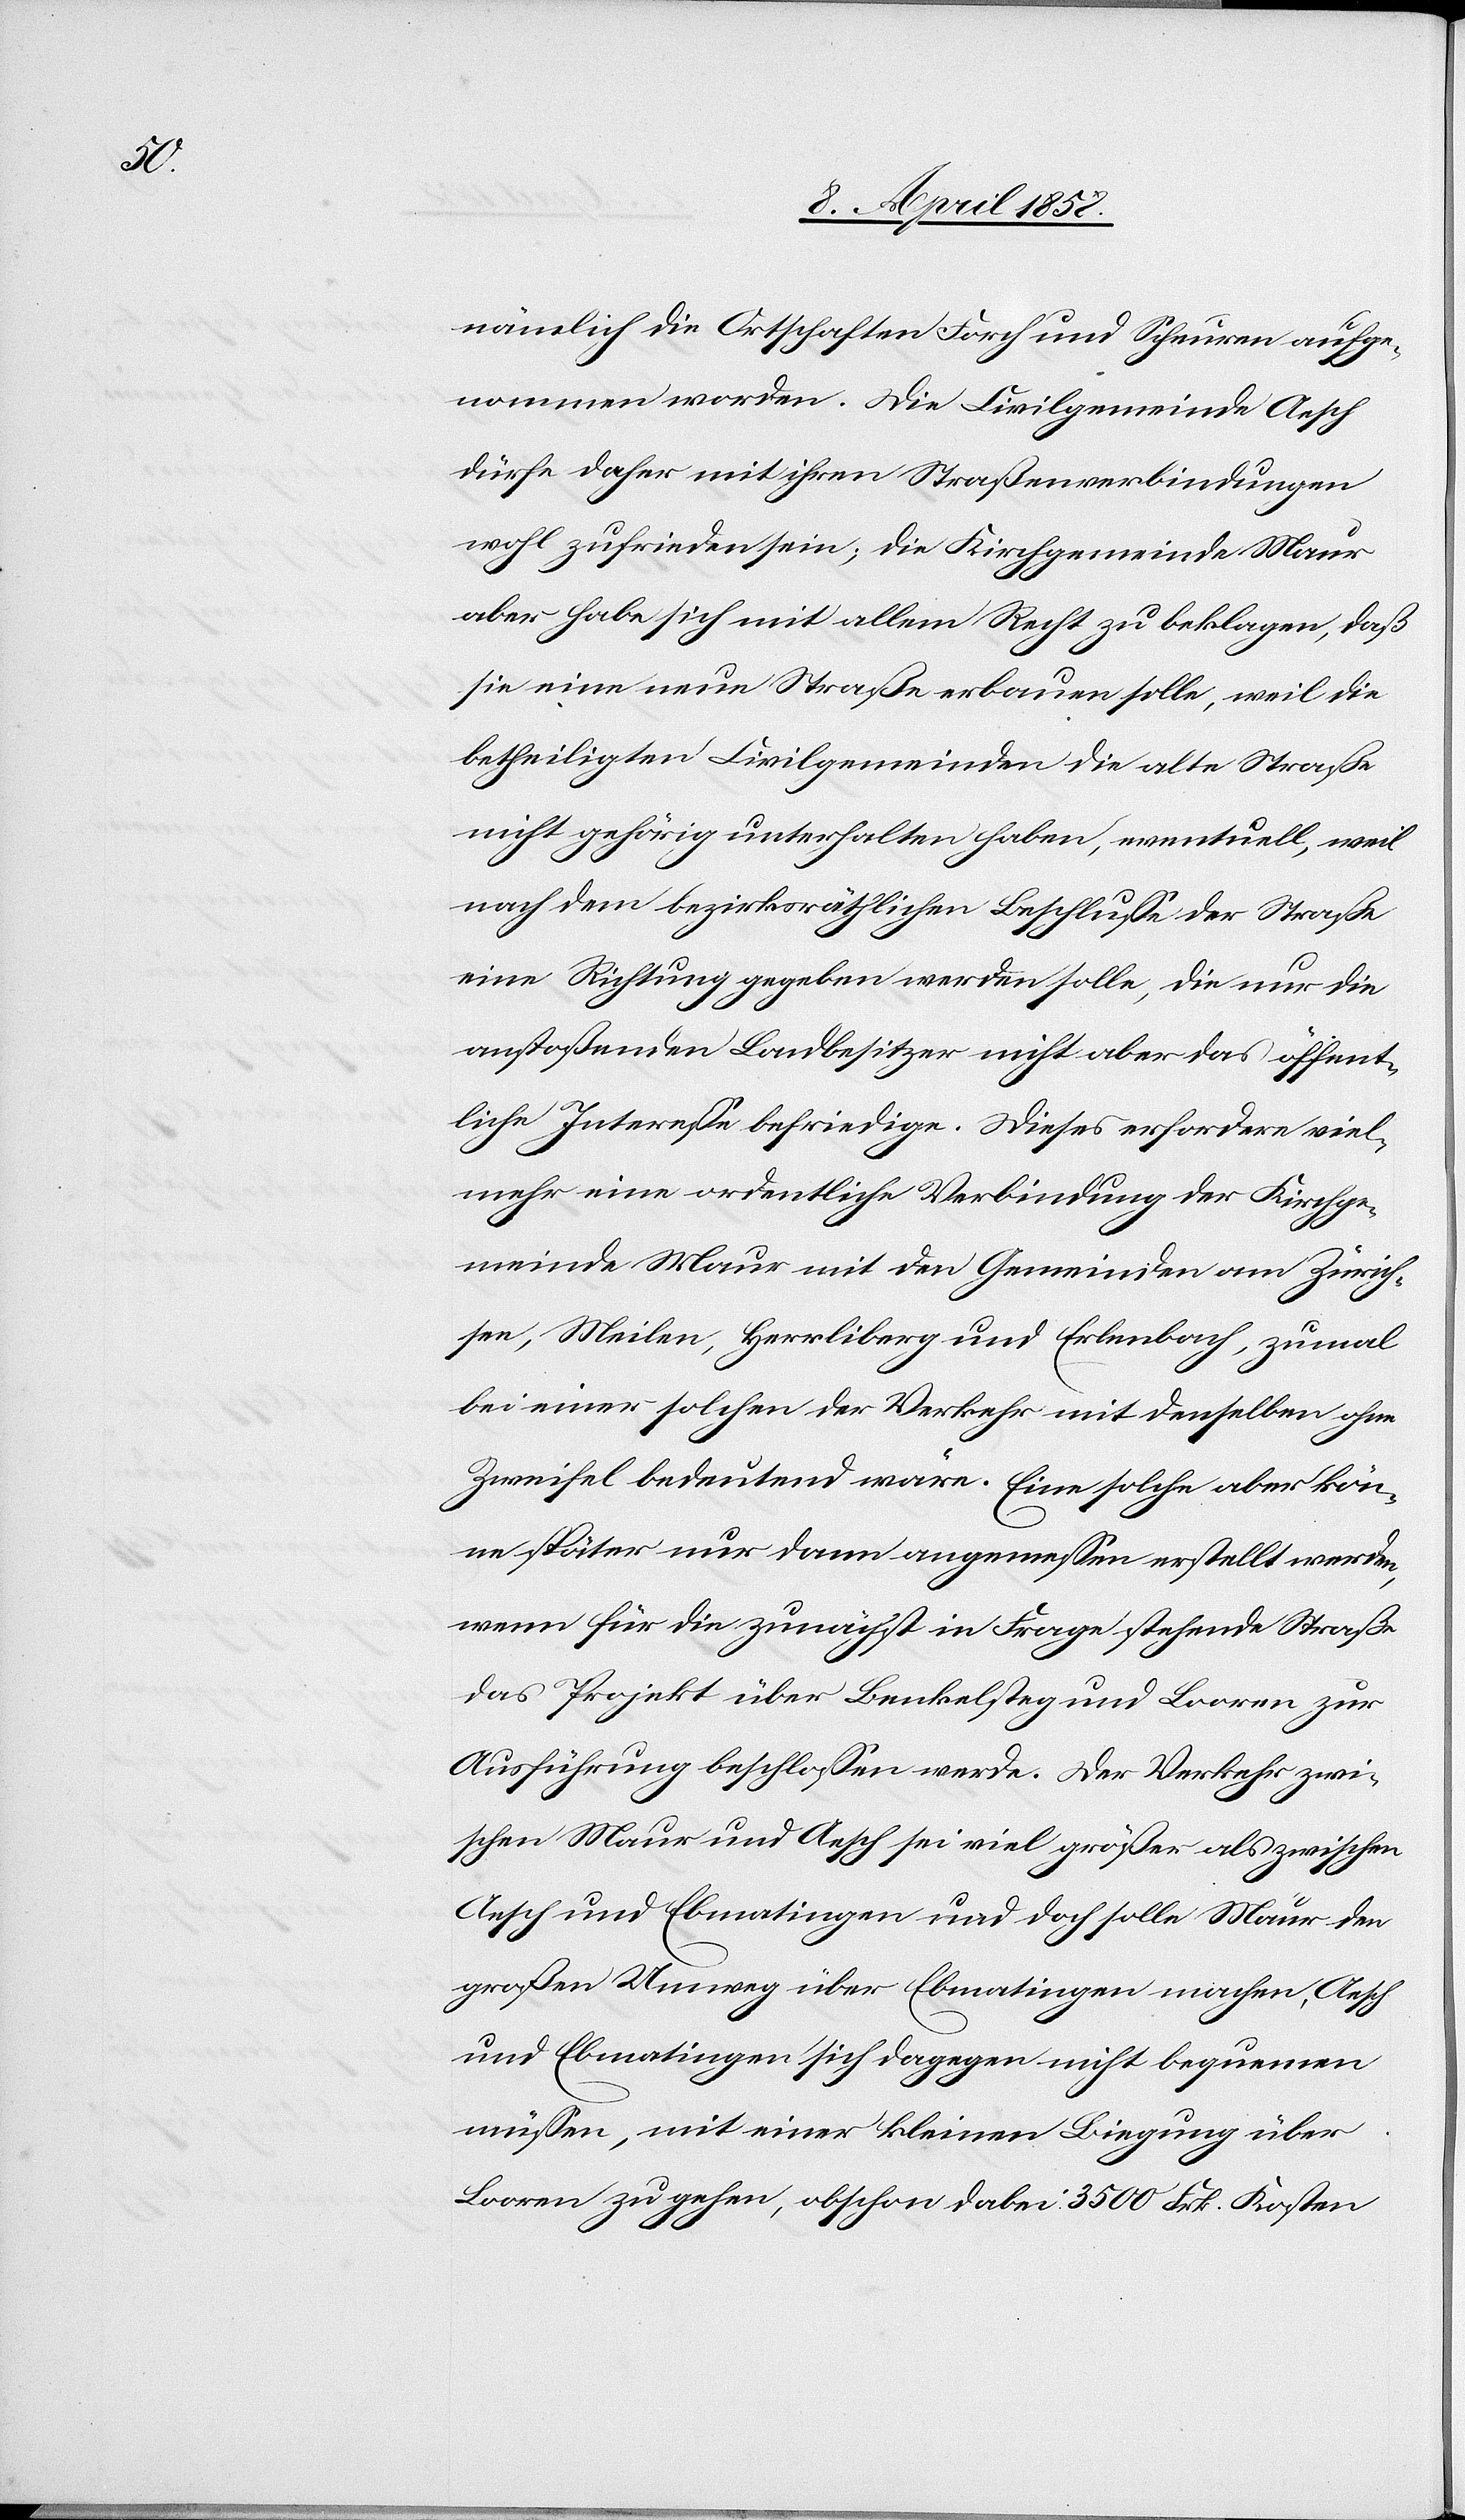
nämlich die Ortschaften Forch und Scheuren aufge¬
nommen worden. Die Civilgemeinde Aesch
dürfe daher mit ihren Straßenverbindungen
wohl zufrieden sein; die Kirchgemeinde Maur
aber habe sich mit allem Recht zu beklagen, daß
sie eine neue Straße erbauen solle, weil die
betheiligten Civilgemeinden die alte Straße
nicht gehörig unterhalten haben, eventuell, weil
nach dem bezirksräthlichen Beschlusse der Straße
eine Richtung gegeben werden solle, die nur die
anstoßenden Landbesitzer nicht aber das öffent¬
liche Interesse befriedige. Dieses erfordere viel¬
mehr eine ordentliche Verbindung der Kirchge¬
meinde Maur mit den Gemeinden am Zürich¬
see, Meilen, Herrliberg und Erlenbach, zumal
bei einer solchen der Verkehr mit denselben ohne
Zweifel bedeutend wäre. Eine solche aber kön¬
ne später nur dann angemessen erstellt werden,
wenn für die zunächst in Frage stehende Straße
das Projekt über Benkelsteg und Looren zur
Ausführung beschlossen werde. Der Verkehr zwi¬
schen Maur und Aesch sei viel größer als zwischen
Aesch und Ebmatingen und doch solle Maur den
großen Umweg über Ebmatingen machen, Aesch
und Ebmatingen sich dagegen nicht bequemen
müssen, mit einer kleinen Biegung über
Looren zu gehen, obschon dabei 3500 Frk. Kosten